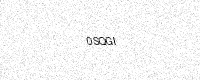
Text: 0SQGI